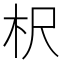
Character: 𣏧